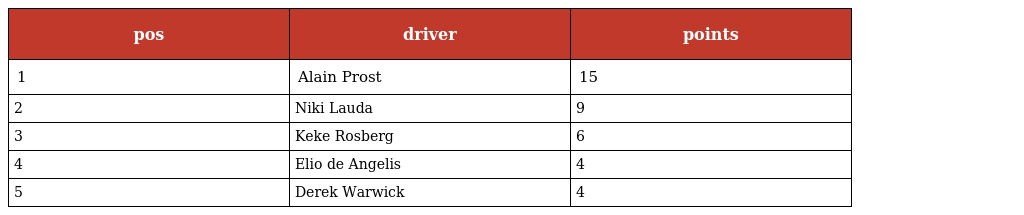
| pos | driver | points |
 | --- | --- | --- |
 | 1 | Alain Prost | 15 |
 | 2 | Niki Lauda | 9 |
 | 3 | Keke Rosberg | 6 |
 | 4 | Elio de Angelis | 4 |
 | 5 | Derek Warwick | 4 |